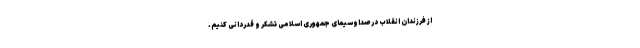
از فرزندان انقلاب در صداوسیمای جمهوری اسلامی تشکر و قدردانی کنیم.